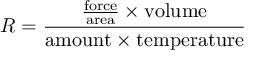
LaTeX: R = { \frac { { \frac { \mathrm { f o r c e } } { \mathrm { a r e a } } } \times \mathrm { v o l u m e } } { \mathrm { a m o u n t } \times \mathrm { t e m p e r a t u r e } } }